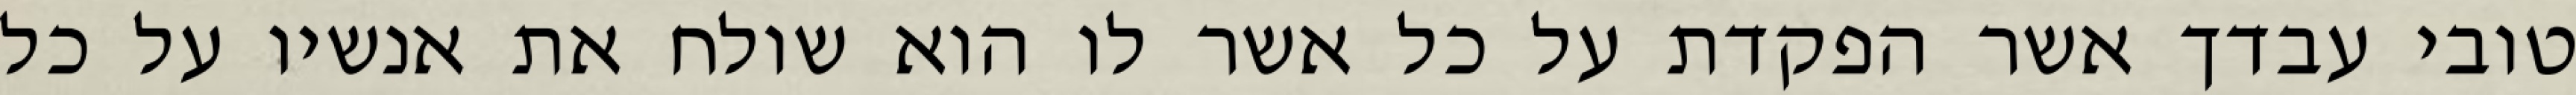
טובי עבדך אשר הפקדת על כל אשר לו הוא שולח את אנשיו על כל